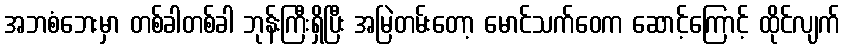
အဘစံဘေးမှာ တစ်ခါတစ်ခါ ဘုန်းကြီးရှိပြီး အမြဲတမ်းတော့ မောင်သက်ဝေက ဆောင့်ကြောင့် ထိုင်လျက်